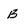
Character: B